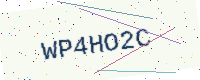
Text: WP4HO2C